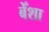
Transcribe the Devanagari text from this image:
बेँशा